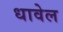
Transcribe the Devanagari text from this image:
धावेल